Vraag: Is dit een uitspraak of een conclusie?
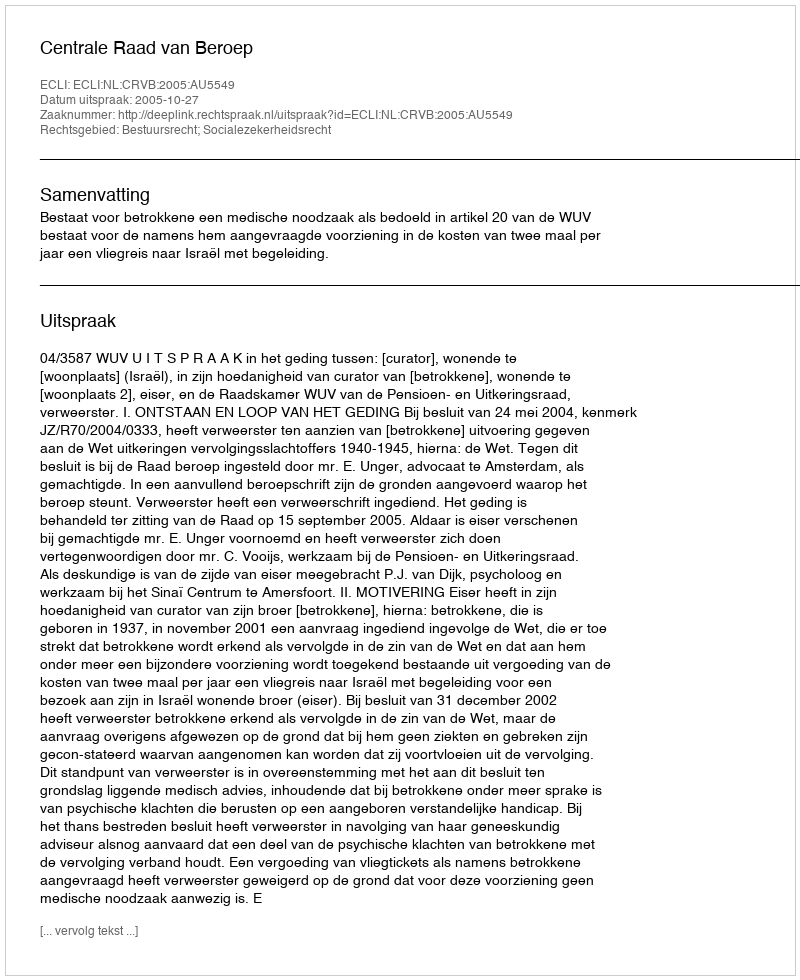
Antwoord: Uitspraak